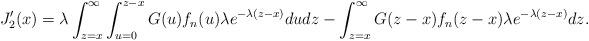
LaTeX: \begin{align*}J_{2}'(x) = \lambda \int_{z=x}^{\infty}\int_{u=0}^{z-x} G(u)f_n(u)\lambda e^{-\lambda(z-x)} du dz - \int_{z=x}^{\infty}G(z-x)f_n(z-x)\lambda e^{-\lambda(z-x)} dz.\end{align*}